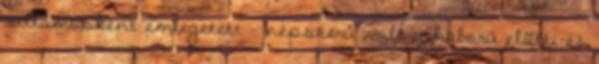
villamosként emlegetett – népszerû volt a háború elõtti és